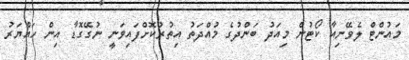
މައުންޓް ލެވޭނިއާ ކޯޓުން މިއަދު ބަންދުގެ މުއްދަތު އިތުރުކޮށްފައިވަނީ ނުގޭގޮޑާ އިން ހައްޔަރު